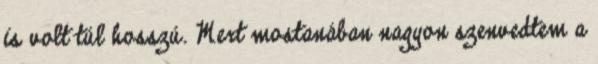
is volt túl hosszú. Mert mostanában nagyon szenvedtem a